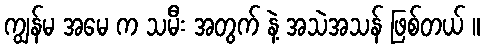
ကျွန်မ အမေ က သမီး အတွက် နဲ့ အသဲအသန် ဖြစ်တယ် ။